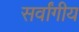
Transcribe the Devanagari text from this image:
सर्वांगीय